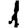
Digit: 1